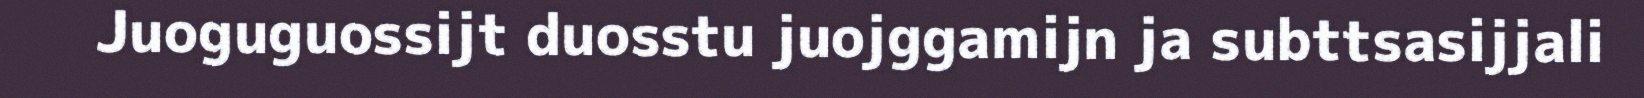
Juoguguossijt duosstu juojggamijn ja subttsasijjali